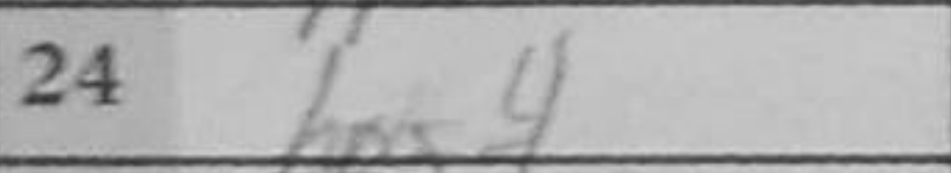
Transcription: h4